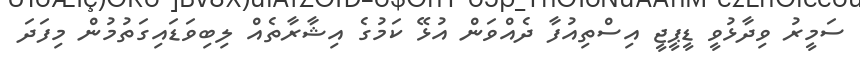
ސަމީރު ވިދާޅުވީ ޑީޕީޖީ އިސްތިއުފާ ދެއްވަންް އުޅޭ ކަމުގެ އިޝާރާތެއް ލިބިވަޑައިގަތުމުން މިފަދަ